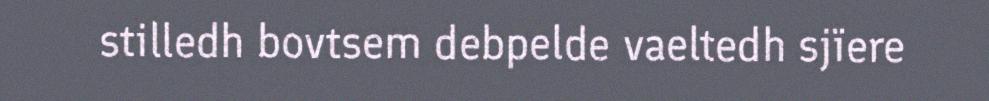
stilledh bovtsem debpelde vaeltedh sjïere